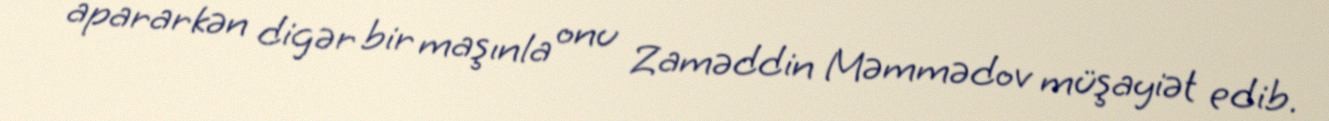
apararkən digər bir maşınla onu Zaməddin Məmmədov müşayiət edib.